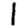
Digit: 1